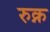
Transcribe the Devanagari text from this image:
रुक्न